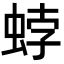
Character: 𧋢